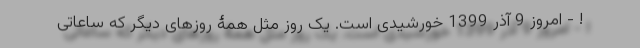
! - امروز 9 آذر 1399 خورشیدی است. یک روز مثل همۀ روزهای دیگر که ساعاتی